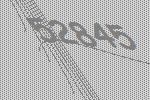
52845